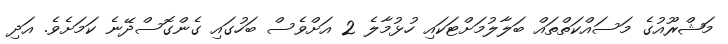
މަޝްރޫއުގެ މަސައްކަތްތައް ބަލާލުމަށްޓަކައި ހުޅުމާލެ 2 އަށްވެސް ބަހުގައި ގެންގޮސްދޭނެ ކަމަށެވެ. އަދި